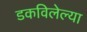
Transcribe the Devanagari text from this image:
डकविलेल्या